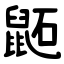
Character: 鼫